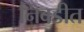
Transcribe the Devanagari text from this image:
निवडीत